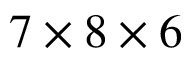
7 \times 8 \times 6